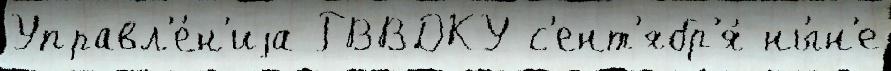
Управл'е́н'иjа РВВДКУ с'ент'ябр'я́ ны́н'е